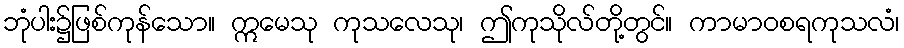
ဘုံပါး၌ဖြစ်ကုန်သော။ ဣမေသု ကုသလေသု၊ ဤကုသိုလ်တို့တွင်။ ကာမာဝစရကုသလံ၊